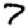
Digit: 7